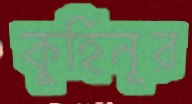
কুহিনূর